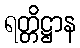
ရတ္တိဋ္ဌာန